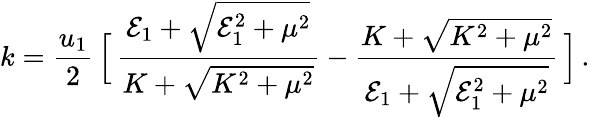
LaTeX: k={\frac{u_{1}}{2}}\, \Big[\, {\frac{{\cal E}_{1}+\sqrt{{\cal E}_{1}^{2}+\mu^{2}}}{K+\sqrt{K^{2}+\mu^{2}}}}-{\frac{K+\sqrt{K^{2}+\mu^{2}}}{{\cal E}_{1}+\sqrt{{\cal E}_{1}^{2}+\mu^{2}}}}\, \Big]\, .